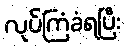
လုပ်ကြံခံရပြီး